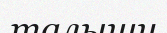
талыши